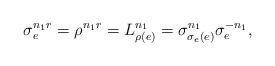
LaTeX: \begin{align*}\sigma_e^{n_1r}=\rho^{n_1r}=L_{\rho(e)}^{n_1}=\sigma_{\sigma_e(e)}^{n_1}\sigma_e^{-n_1},\end{align*}